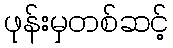
ဖုန်းမှတစ်ဆင့်